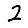
Digit: 2